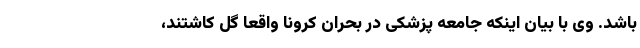
باشد. وی با بیان اینکه جامعه پزشکی در بحران کرونا واقعاً گل کاشتند،